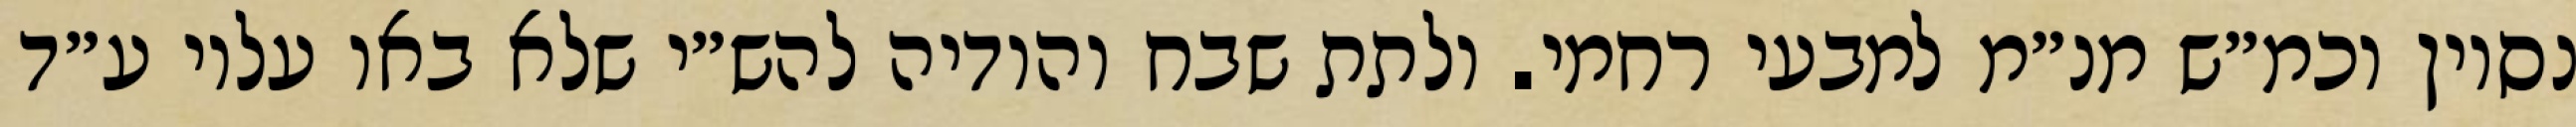
נסיון וכמ״ש מנ״מ למבעי רחמי. ולתת שבח והודיה להש״י שלא באו עליו ע״ד